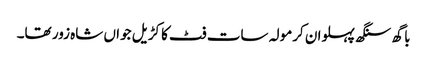
باگھ سنگھ پہلوان کرمولہ سات فٹ کا کڑیل جواں شاہ زور تھا۔